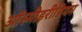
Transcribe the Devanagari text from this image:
ऑस्मीइरीडियम